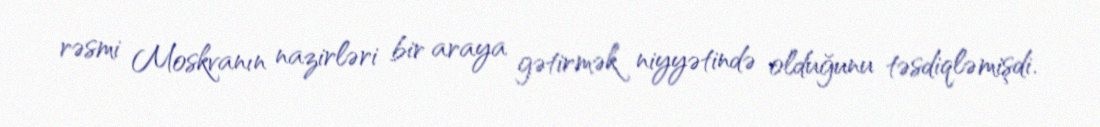
rəsmi Moskvanın nazirləri bir araya gətirmək niyyətində olduğunu təsdiqləmişdi.